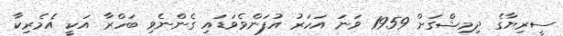
ސީރިޔާގެ ދިމިޝްގަށް 1959 ވަނަ އަހަރު އުފަންވެވަޑައި ގެންނެވި ބަހްރާ އަކީ އެމެރިކާ